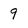
Character: 9